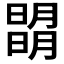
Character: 𣊧